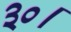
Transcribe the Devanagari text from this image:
३०।